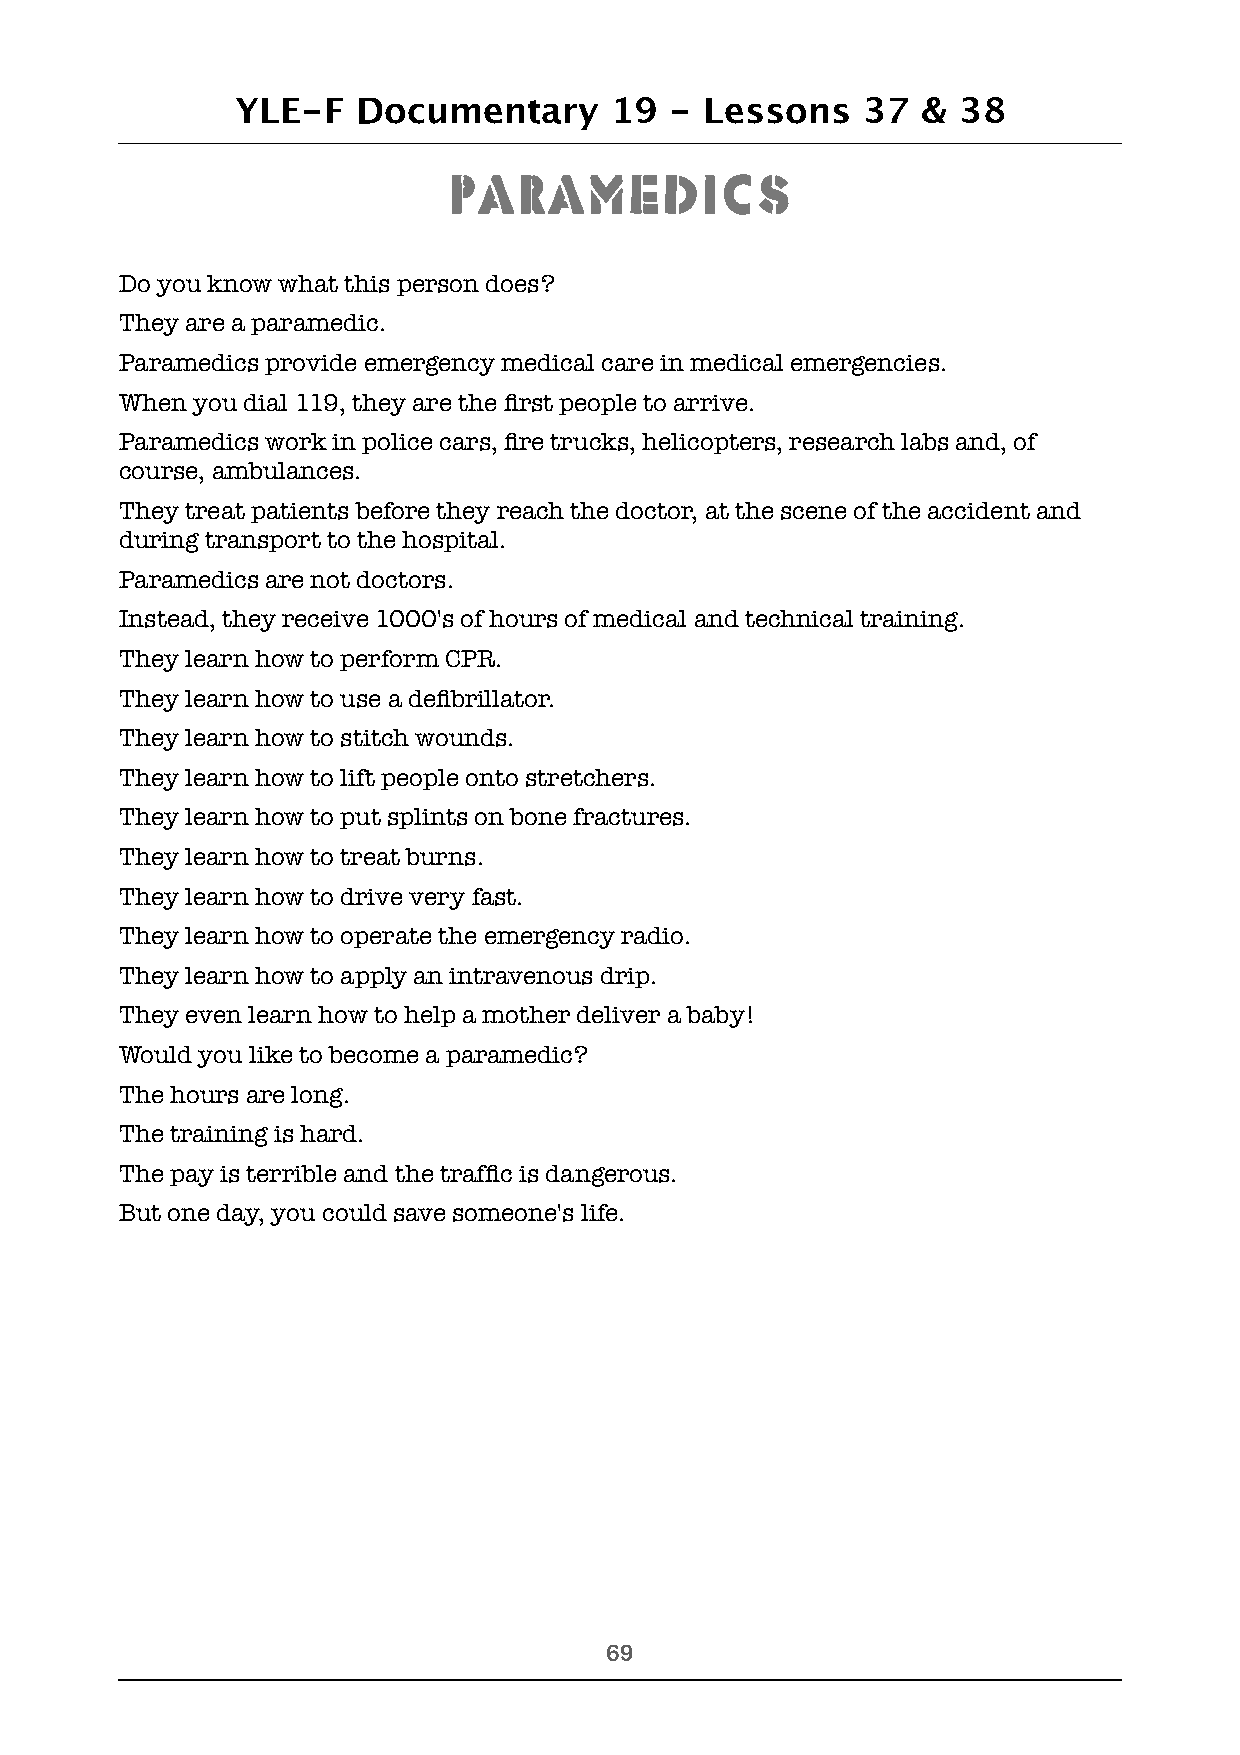
YLE-F   Documentary     19  -  Lessons   37  & 38
 Paramedics
 Do you know what this person does?
 They are a paramedic.
 Paramedics provide emergency medical care in medical emergencies.
 When you dial 119, they are the first people to arrive.
 Paramedics work in police cars, fire trucks, helicopters, research labs and, of
 course, ambulances.
 They treat patients before they reach the doctor, at the scene of the accident and
 during transport to the hospital.
 Paramedics are not doctors.
 Instead, they receive 1000's of hours of medical and technical training.
 They learn how to perform CPR.
 They learn how to use a defibrillator.
 They learn how to stitch wounds.
 They learn how to lift people onto stretchers.
 They learn how to put splints on bone fractures.
 They learn how to treat burns.
 They learn how to drive very fast.
 They learn how to operate the emergency radio.
 They learn how to apply an intravenous drip.
 They even learn how to help a mother deliver a baby!
 Would you like to become a paramedic?
 The hours are long.
 The training is hard.
 The pay is terrible and the traffic is dangerous.
 But one day, you could save someone's life.
 !69